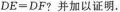
DE=DF?并加以证明。